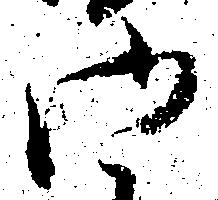
御